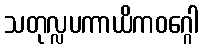
သတုလ္လပကာယိကဝဂ္ဂေါ